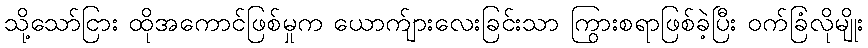
သို့သော်ငြား ထိုအကောင်ဖြစ်မှုက ယောက်ျားလေးခြင်းသာ ကြွားစရာဖြစ်ခဲ့ပြီး ဝက်ခြံလိုမျိုး